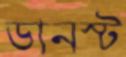
ডানস্ট